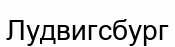
Лудвигсбург